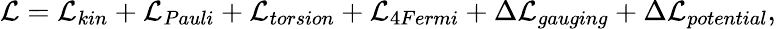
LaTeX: {\cal L}={\cal L}_{kin}+{\cal L}_{Pauli}+{\cal L}_{torsion}+{\cal L}_{4Fermi}+\Delta{\cal L}_{gauging}+\Delta{\cal L}_{potential},